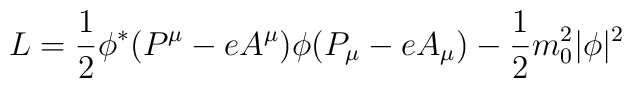
L = \frac{1}{2} \phi^* (P^\mu - e A^\mu)	\phi (P_\mu - e A_\mu)	- \frac{1}{2} m_0^2 |\phi|^2